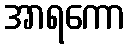
အာရကော